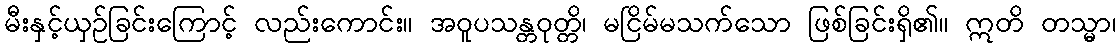
မီးနှင့်ယှဉ်ခြင်းကြောင့် လည်းကောင်း။ အဝူပသန္တဝုတ္တိ၊ မငြိမ်မသက်သော ဖြစ်ခြင်းရှိ၏။ ဣတိ တသ္မာ၊